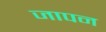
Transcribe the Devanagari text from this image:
जापन